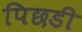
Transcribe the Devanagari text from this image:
पिछडी